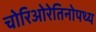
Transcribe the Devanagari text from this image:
चोरिओरेतिनोपथ्य